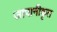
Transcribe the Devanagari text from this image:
जापानीकृत